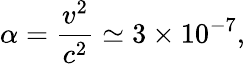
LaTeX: \alpha=\frac{v^{2}}{c^{2}}\simeq 3\times 10^{-7},